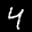
Label: 4